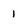
Character: 1